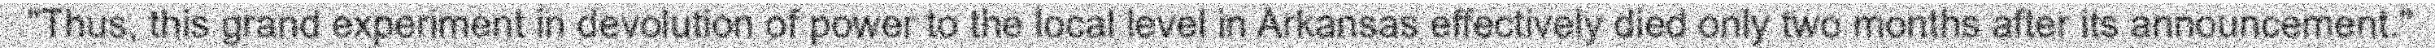
"Thus, this grand experiment in devolution of power to the local level in Arkansas effectively died only two months after its announcement."